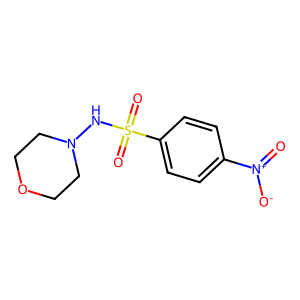
SMILES: O=[N+]([O-])c1ccc(S(=O)(=O)NN2CCOCC2)cc1
Inhibits HIV replication: No